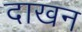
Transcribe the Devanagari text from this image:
दाखन